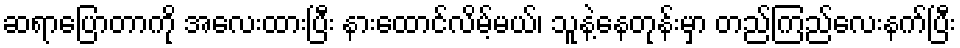
ဆရာပြောတာကို အလေးထားပြီး နားထောင်လိမ့်မယ်၊ သူနဲ့နေတုန်းမှာ တည်ကြည်လေးနက်ပြီး